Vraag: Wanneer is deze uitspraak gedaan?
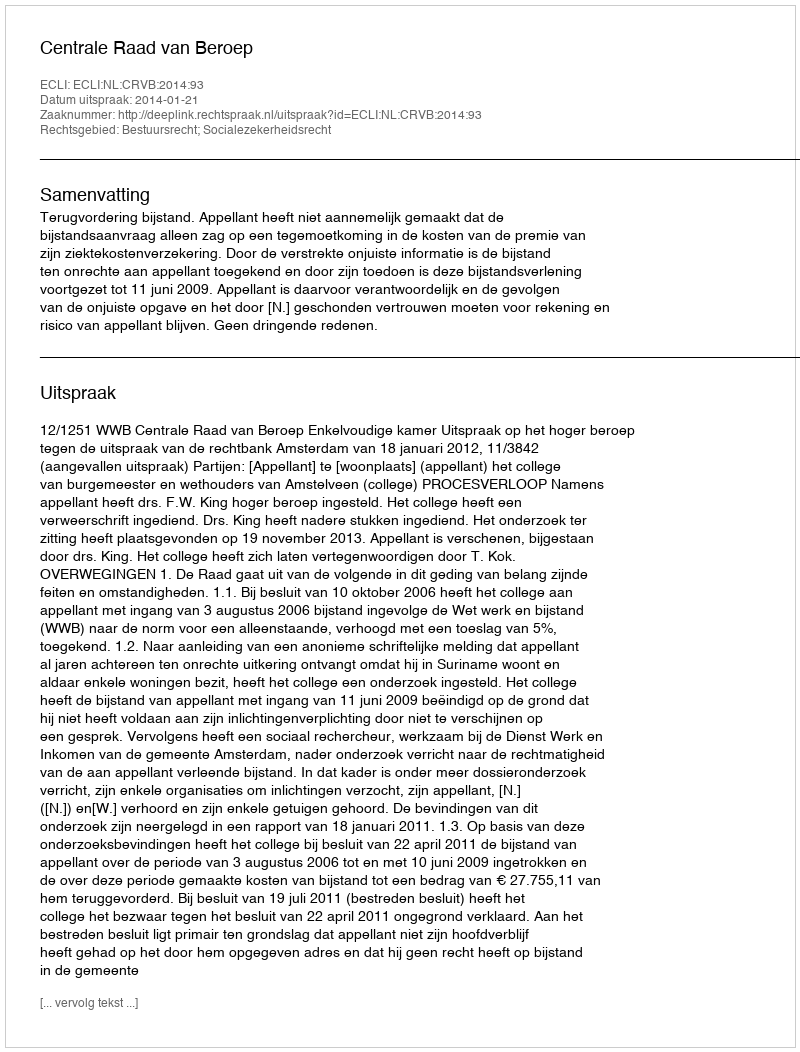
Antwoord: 2014-01-21